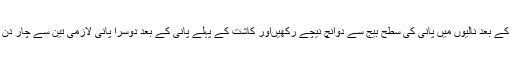
انہوںنے کہاکہ کاشتکار مشین سے بیج لگانے کے بعد نالیوں میں پانی کی سطح بیج سے دوانچ نیچے رکھیںاور کاشت کے پہلے پانی کے بعد دوسرا پانی لازمی تین سے چار دن کے وقفہ سے لگائیں تاکہ بیج کا اگائو بہتر ہو۔